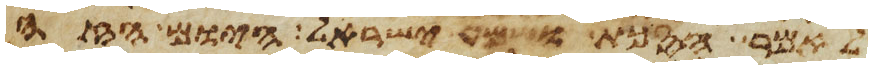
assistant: לאמר הסכת ושמע ישראל היום הזה